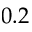
0 . 2